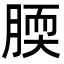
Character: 腝